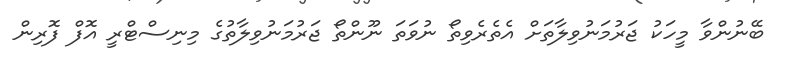
ބޭނުންވާ މީހަކު ޖަރުމަނުވިލާތަށް އެތެރެވިތޯ ނުވަތަ ނޫންތޯ ޖަރުމަނުވިލާތުގެ މިނިސްޓްރީ އޮފް ފޮރިން